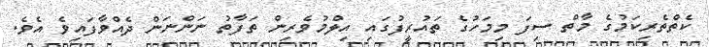
ކެތްތެރިކަމުގެ މާތް ސިފަ މިމަހުގެ ތައުރީފުގައި އިލްމުވެރިން ތަފާތު ނަންނަން ދެއްވާފައިވެ އެވެ.